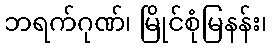
ဘရက်ဂုဏ်၊ မြိုင်စုံမြနန်း၊